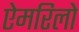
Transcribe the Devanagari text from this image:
ऐमरिलो